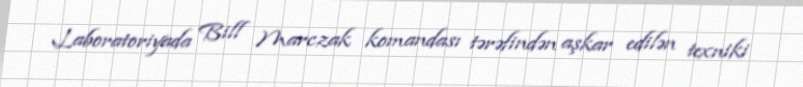
Laboratoriyada Bill Marczak komandası tərəfindən aşkar edilən texniki